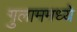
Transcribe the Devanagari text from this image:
गुलाममध्ये